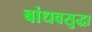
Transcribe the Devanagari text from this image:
बांधवसुद्धा